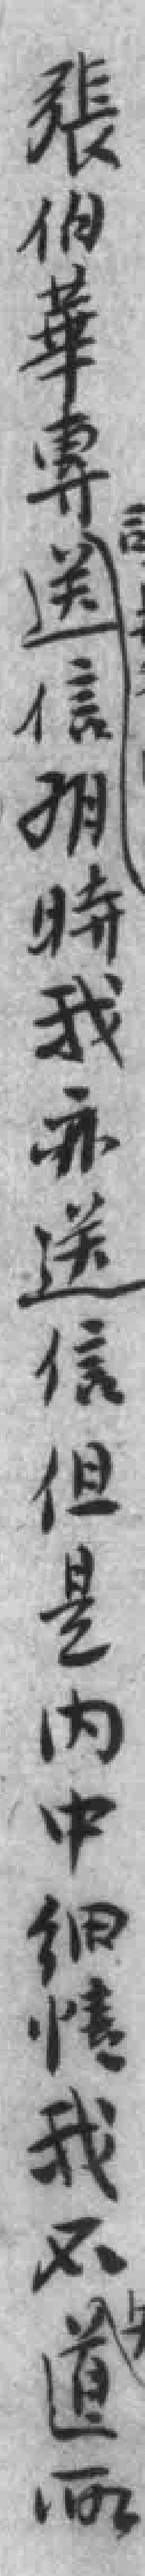
張伯華專送信*時我亦送信但是内中细情我不道所